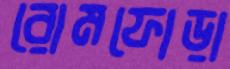
রোমফোড়া